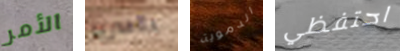
الأمر بالسرير الدموية احتفظي